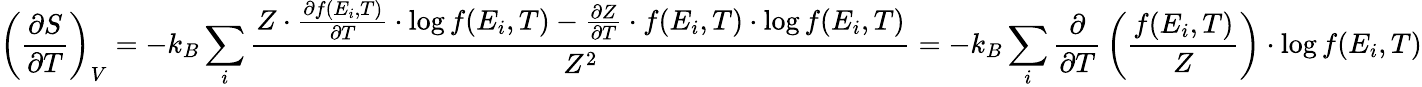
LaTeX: \left({\frac{\partial S}{\partial T}}\right)_{V}=-k_{B}\sum_{i}{\frac{Z\cdot{\frac{\partial f(E_{i},T)}{\partial T}}\cdot\log f(E_{i},T)-{\frac{\partial Z}{\partial T}}\cdot f(E_{i},T)\cdot\log f(E_{i},T)}{Z^{2}}}=-k_{B}\sum_{i}{\frac{\partial}{\partial T}}\left({\frac{f(E_{i},T)}{Z}}\right)\cdot\log f(E_{i},T)